Vaccination North-Western Provinces 1866-1877 - 1866-1877
Year: 1866
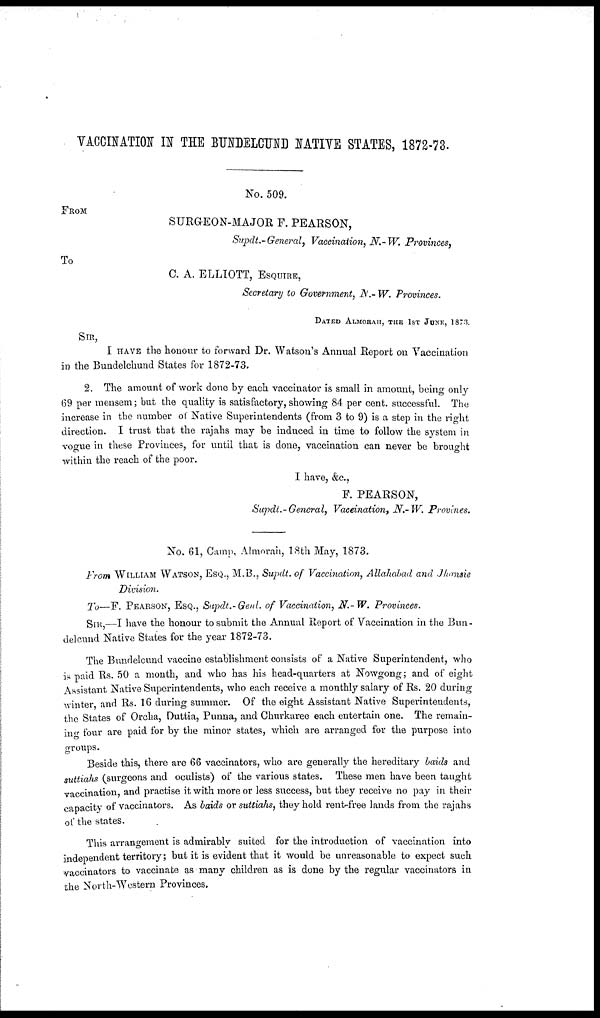
VACCINATION IN THE BUNDELCUND NATIVE STATES, 1872-73.
No. 509.
FROM
SURGEON-MAJOR F. PEARSON,
Supdt.-General, Vaccination, N.-W. Provinces,
To
C. A. ELLIOTT, ESQUIRE,
Secretary to Government, N.- W. Provinces.
DATED ALMORAH, THE 1ST JUNE, 1873.
SIR,
I HAVE the honour to forward Dr. Watson's Annual Report on Vaccination
in the Bundelchund States for 1872-73.
2. The amount of work done by each vaccinator is small in amount, being only
69 per mensem; but the quality is satisfactory, showing 84 per cent. successful. The
increase in the number of Native Superintendents (from 3 to 9) is a step in the right
direction. I trust that the rajahs may be induced in time to follow the system in
vogue in these Provinces, for until that is done, vaccination can never be brought
within the reach of the poor.
I have, &c.,
F. PEARSON,
Supdt.-General, Vaceination, N.-W. Provines.
No. 61, Camp, Almorah, 18th May, 1873.
From WILLIAM WATSON, ESQ., M.B., Supdt. of Vaccination, Allahabad and Jhansie
Division.
To—F. PEARSON, ESQ., Supdt.-Genl. of Vaccination, N.-W. Provinces.
SIR,—I have the honour to submit the Annual Report of Vaccination in the Bun-
delcund Native States for the year 1872-73.
The Bundelcund vaccine establishment consists of a Native Superintendent, who
is paid Rs. 50 a month, and who has his head-quarters at Nowgong; and of eight
Assistant Native Superintendents, who each receive a monthly salary of Rs. 20 during
winter, and Rs. 16 during summer. Of the eight Assistant Native Superintendents,
the States of Orcha, Duttia, Punna, and Churkaree each entertain one. The remain-
ing four are paid for by the minor states, which are arranged for the purpose into
groups.
Beside this, there are 66 vaccinators, who are generally the hereditary baids and
suttiahs (surgeons and oculists) of the various states. These men have been taught
vaccination, and practise it with more or less success, but they receive no pay in their
capacity of vaccinators. As baids or suttiahs, they hold rent-free lands from the rajahs
of the states.
This arrangement is admirably suited for the introduction of vaccination into
independent territory; but it is evident that it would be unreasonable to expect such
vaccinators to vaccinate as many children as is done by the regular vaccinators in
the North-Western Provinces,